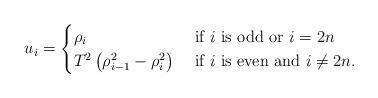
LaTeX: \begin{align*}u_{i}=\begin{cases}\rho_{i} & \textrm{ if }i\textrm{ is odd or }i=2n\\T^{2}\left(\rho_{i-1}^{2}-\rho_{i}^{2}\right) & \textrm{ if }i\textrm{ is even and }i\neq2n.\end{cases}\end{align*}